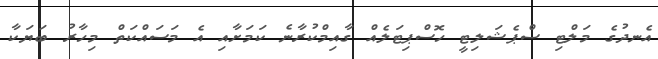
އެނދުގެ މަލްޓި ސްޕެޝަލިޓީ ހޮސްޕިޓަލެއް ގާއިމްކުރާނެ ކަމަށާއި އެ މަސައްކަތް މިހާރު ބަޔަކާ